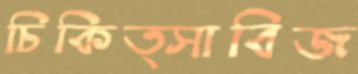
চিকিত্সাবিজ